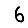
Digit: 6